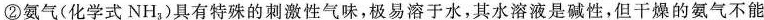
②氨气(化学式NH_{3})具有特殊的刺激性气味，极易溶于水，其水溶液是碱性，但干燥的氨气不能